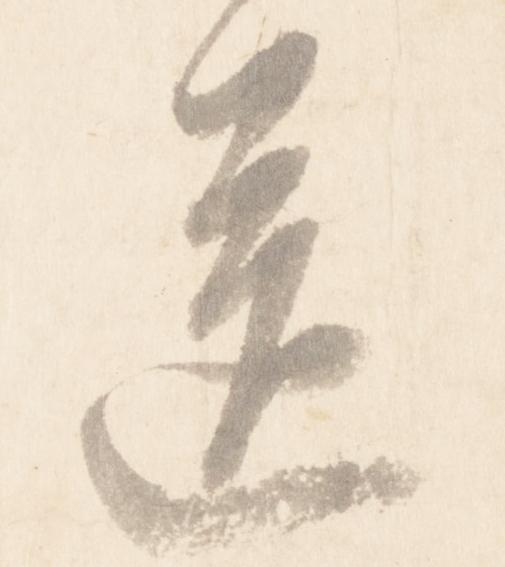
送